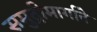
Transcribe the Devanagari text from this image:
समुद्रीमार्गाने